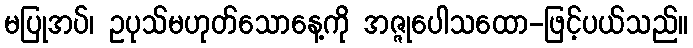
မပြုအပ်၊ ဥပုသ်မဟုတ်သောနေ့ကို အဇ္ဇုပေါသထော-ဖြင့်ပယ်သည်။